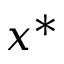
x ^ { * }